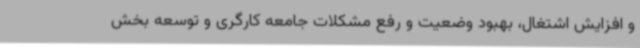
و افزایش اشتغال، بهبود وضعیت و رفع مشکلات جامعه کارگری و توسعه بخش